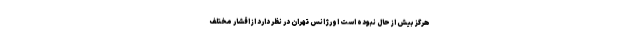
هرگز بیش از حال نبوده است اورژانس تهران در نظر دارد از اقشار مختلف